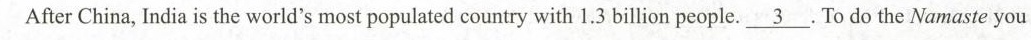
After China, India is the world’s most populated country with 1.3billion people.\underline{3}To do the Namaste you